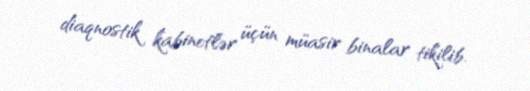
diaqnostik kabinetlər üçün müasir binalar tikilib.